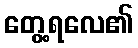
တွေ့ရလေ၏